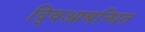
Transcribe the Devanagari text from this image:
द्विआबन्धित